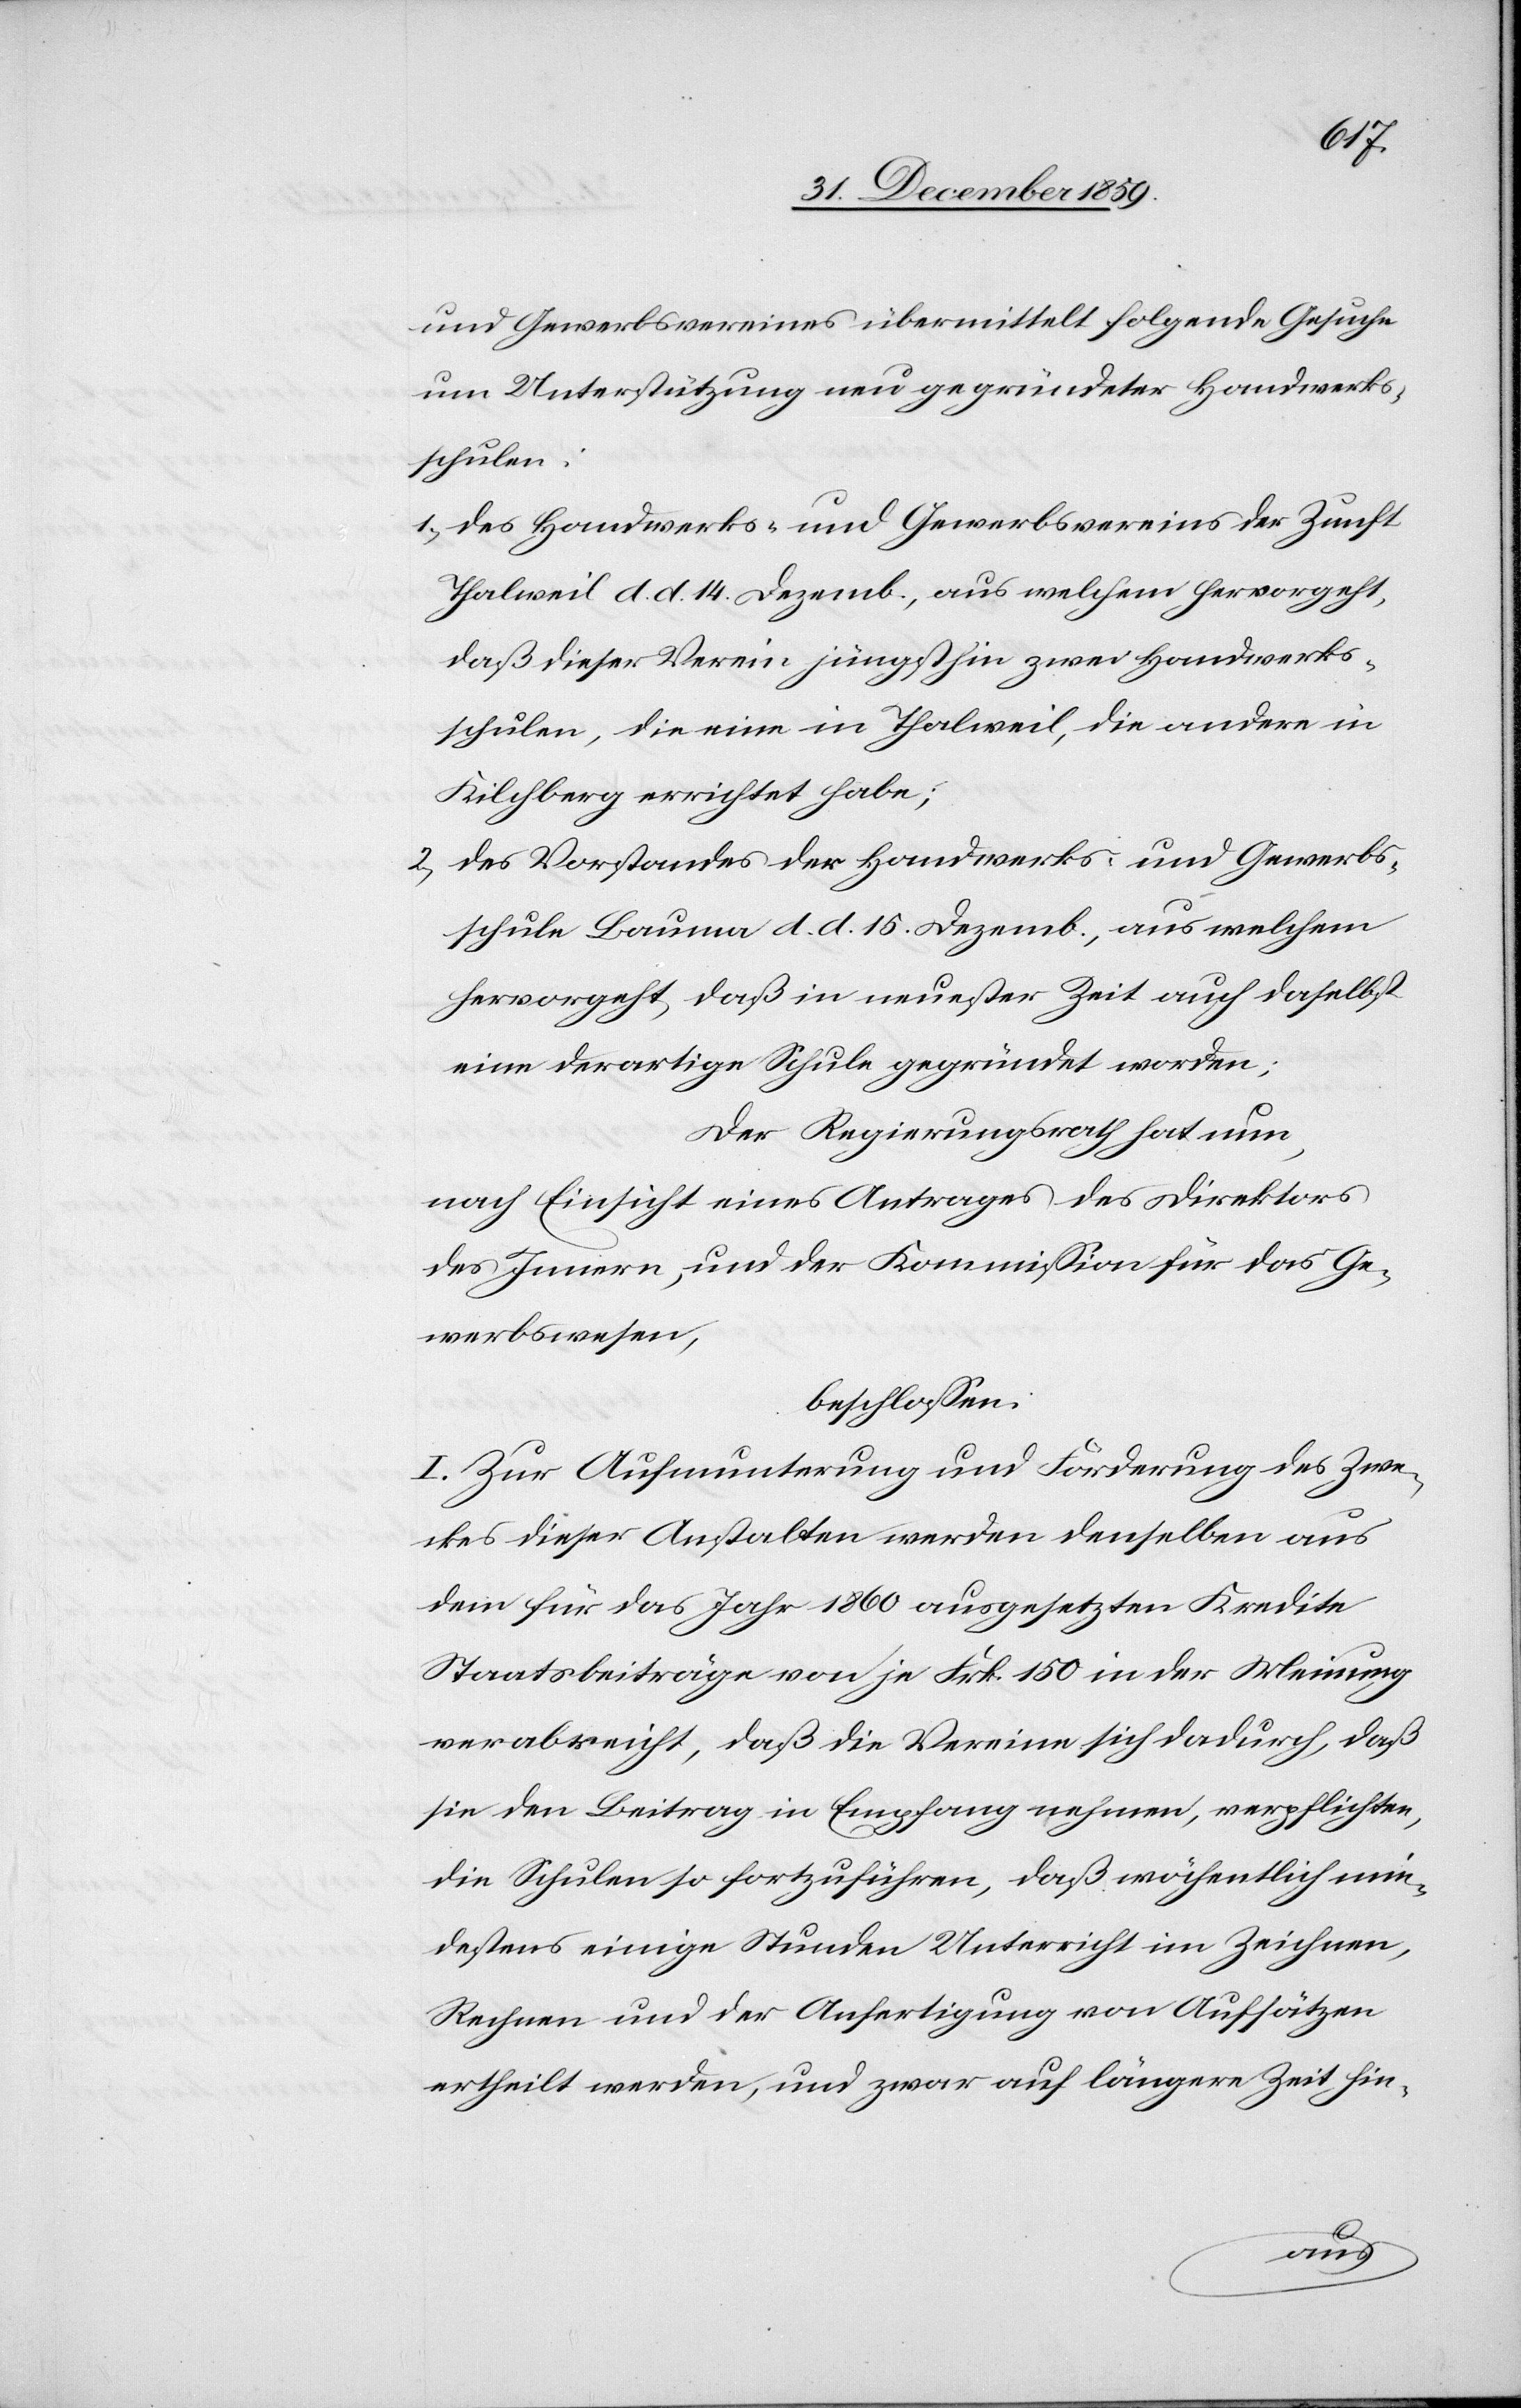
und Gewerbsvereines übermittelt folgende Gesuche
um Unterstützung neu gegründeter Handwerks¬
schulen:
1.) des Handwerks- und Gewerbsvereins der Zunft
Thalweil d. d. 14. Dezemb., aus welchem hervorgeht,
daß dieser Verein jüngsthin zwei Handwerks¬
schulen, die eine in Thalweil, die andere in
Kilchberg errichtet habe;
2.) des Vorstandes der Handwerks- und Gewerbs¬
schule Bauma d. d. 15. Dezemb., aus welchem
hervorgeht, daß in neuester Zeit auch daselbst
eine derartige Schule gegründet worden;
Der Regierungsrath hat nun,
nach Einsicht eines Antrages des Direktors
des Innern, und der Kommission für das Ge¬
werbswesen,
beschlossen:
I. Zur Aufmunterung und Forderung des Zwe¬
ckes dieser Anstalten werden denselben aus
dem für das Jahr 1860 ausgesetzten Kredite
Staatsbeiträge von je Frk. 150 in der Meinung
verabreicht, daß die Vereine sich dadurch, daß
sie den Beitrag in Empfang nehmen, verpflichten,
die Schulen so fortzuführen, daß wöchentlich min¬
destens einige Stunden Unterricht im Zeichnen,
Rechnen und der Anfertigung von Aufsätzen
ertheilt werden, und zwar auf längere Zeit hin-